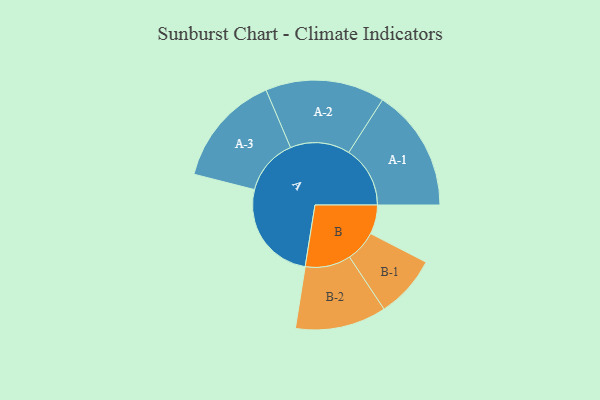
{"axis": {"x": "Segment", "y": "Value"}, "legend": ["", "A", "B"], "data": [{"x": "A", "y": 427, "type": ""}, {"x": "B", "y": 122, "type": ""}, {"x": "A-1", "y": 257, "type": "A"}, {"x": "A-2", "y": 250, "type": "A"}, {"x": "A-3", "y": 236, "type": "A"}, {"x": "B-1", "y": 131, "type": "B"}, {"x": "B-2", "y": 191, "type": "B"}]}